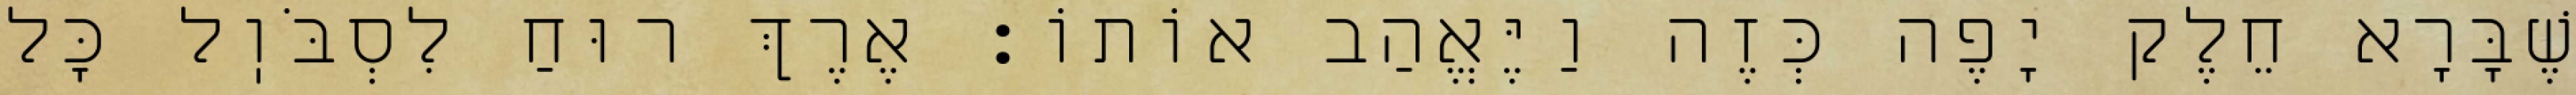
שֶׁבָּרָא חֵלֶק יָפֶה כְּזֶה וַיֶּאֱהַב אוֹתוֹ: אֶרֶךְ רוּחַ לִסְבֹּוֽל כׇּל